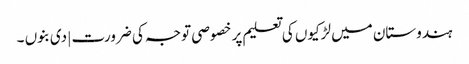
ہندوستان میں لڑکیوں کی تعلیم پر خصوصی توجہ کی ضرورت | دی بنوں ۔